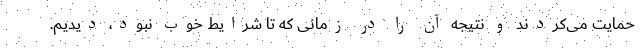
حمایت می‌کردند و نتیجه آن را در زمانی که تا شرایط خوب نبود، دیدیم.